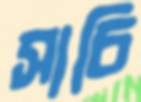
সাচি